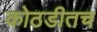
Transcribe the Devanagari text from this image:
कोठडीतच